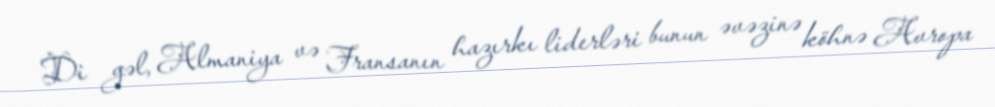
Di gəl, Almaniya və Fransanın hazırkı liderləri bunun əvəzinə köhnə Avropa